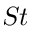
S t